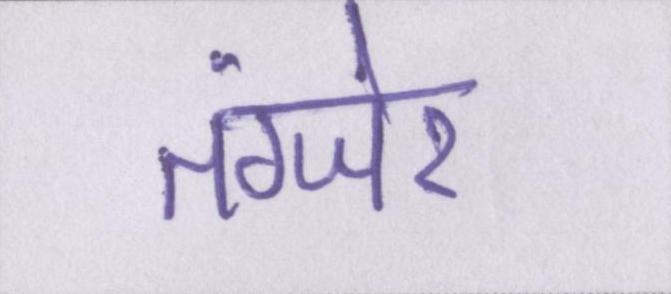
तंग्जेर